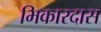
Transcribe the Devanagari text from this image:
भिकारदास